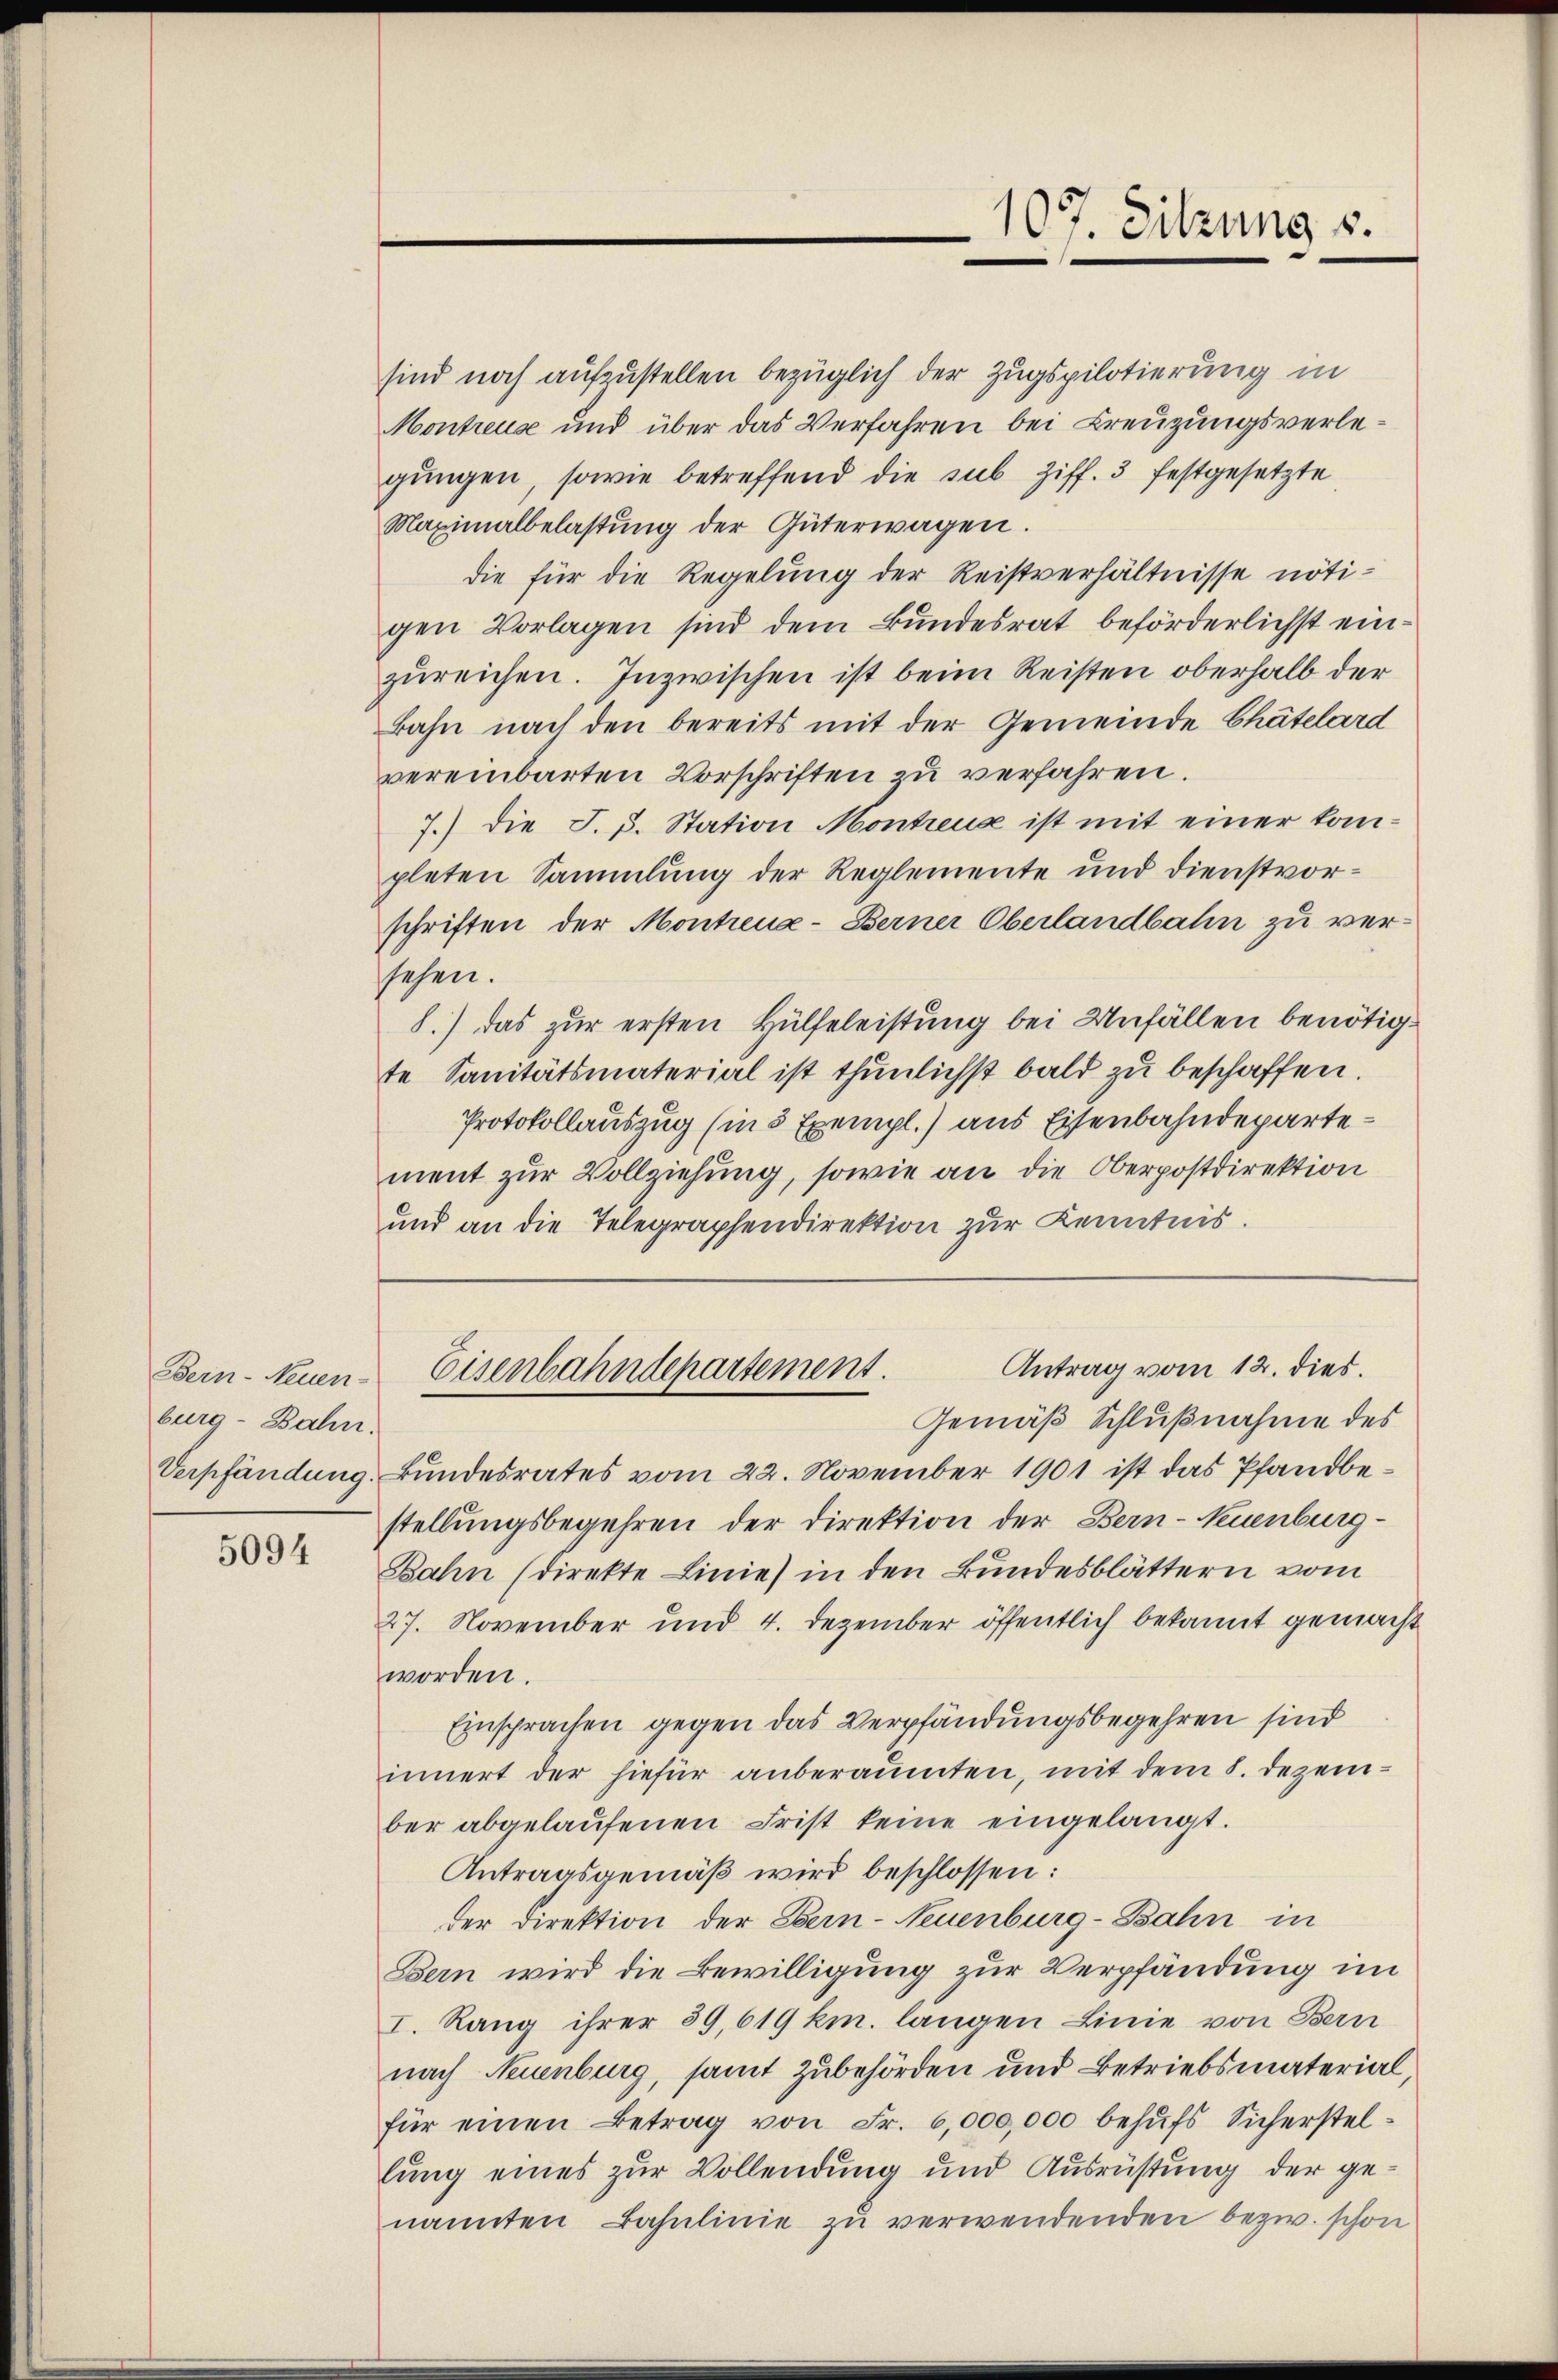
Bern-Neuen-
burg - Bahn.

5094

sind noch aufzustellen bezüglich der Zugspilotierung in
Montreuse und über das Verfahren bei Kreuzungsverlegungen, sowie betreffend die sub Ziff. 3 festgesetzte
Maximalbelastŭng der Güterwagen.
die für die Regelung der Reistverhältnisse nötigen Vorlagen sind dem Bundesrat beförderlichst einzŭreichen. Inzwischen ist beim Reisten oberhalb der
Bahn nach den bereits mit der Gemeinde Chätelard
vereinbarten Vorschriften zu verfahren.
7.) Die J. J. Station Montreux ist mit einer kompleten Sammlung der Reglemente und Dienstvorschriften der Montreux-Berner Oberlandbahn zu versehen.
8.) das zur ersten Hülfeleistung bei Unfällen benötigte Sanitätsmaterial ist thunlichst bald zu beschaffen.
Protokollauszug (in 5 Exempl.) aus Eisenbahndepartement zur Vollziehung, sowie an die Oberpostdirektion
und an die Telegraphendirektion zur Kenntnis.

Gemäß Schlußnahme des
Verpfändung. Bundesrates vom 22. November 1901 ist das Pfandbestellungsbegehren der Direktion der Bern-Neuenburg-
Bahn (direkte Linie) in den Bundesblättern vom
27. November und 4. Dezember öffentlich bekannt gemacht
worden.
Einsprachen gegen das Verpfändungsbegehren sind
innert der hiefür anberaumten, mit dem 8. Dezember abgelaŭfenen Frist keine eingelangt.
Antragsgemäß wird beschlossen:
der Direktion der Bern-Neuenburg-Bahn in
Bern wird die Bewilligung zur Verpfändung im
I. Rang ihrer 39,619 km. langen Linie von Bern
nach Neuenburg, samt Zubehörden und Betriebsmaterial,
für einen Betrag von Fr. 6,000,000 behŭfs Sicherstel-
lung eines zur Vollendung und Ausrüstung der genannten Bahnlinie zu verwendenden bezw. schon

107. Sitzung s.

Antrag vom 12. dies.
Eisenbahndepartement.